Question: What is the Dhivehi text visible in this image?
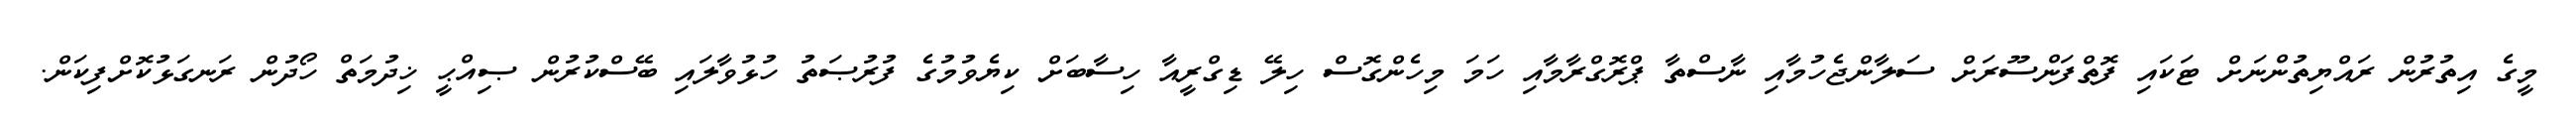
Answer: މީގެ އިތުރުން ރައްޔިތުންނަށް ޓަކައި ފޮތްފަންސޫރަށް ސަލާންޖެހުމާއި ނާސްތާ ޕްރޮގްރާމާއި ހަމަ މިހެންގޮސް ހިލޭ ޑިގްރީއާ ހިސާބަށް ކިޔެވުމުގެ ފުރުޞަތު ހުޅުވާލައި ބޭސްކުރުން ޞިއްޙީ ޚިދުމަތް ހޯދުން ރަނގަޅުކޮށްފިކަން.